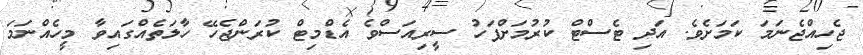
ޖެހިއްޖެނަމަ ކަމަށެވެ. އަދި ޓެސްޓް ކުރުމަށްފަހު ސީރިއަސްވެ އެޑްމިޓް ކުރަންޖެހޭ ހާލަތެއްގައިވާ މީހެއްނަމަ